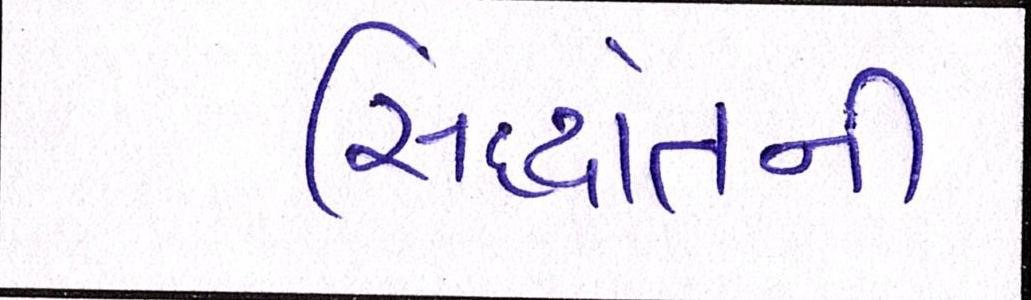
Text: સિદ્ધાંતની